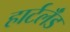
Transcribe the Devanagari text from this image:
हार्टलॅंड